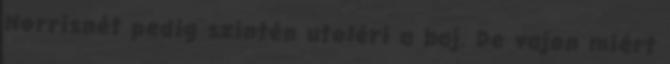
Norrisnét pedig szintén utoléri a baj. De vajon miért